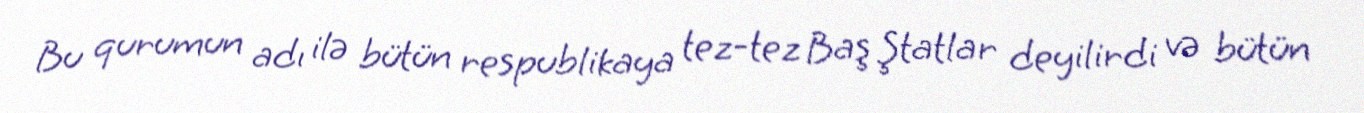
Bu qurumun adı ilə bütün respublikaya tez-tez Baş Ştatlar deyilirdi və bütün